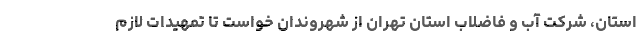
استان، شرکت آب و فاضلاب استان تهران از شهروندان خواست تا تمهیدات لازم